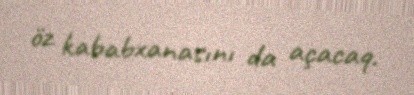
öz kababxanasını da açacaq.